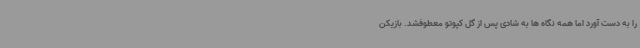
را به دست آورد اما همه نگاه ها به شادی پس از گل کپوتو معطوفشد. بازیکن